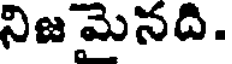
నిజమెనది.